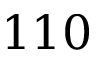
1 1 0